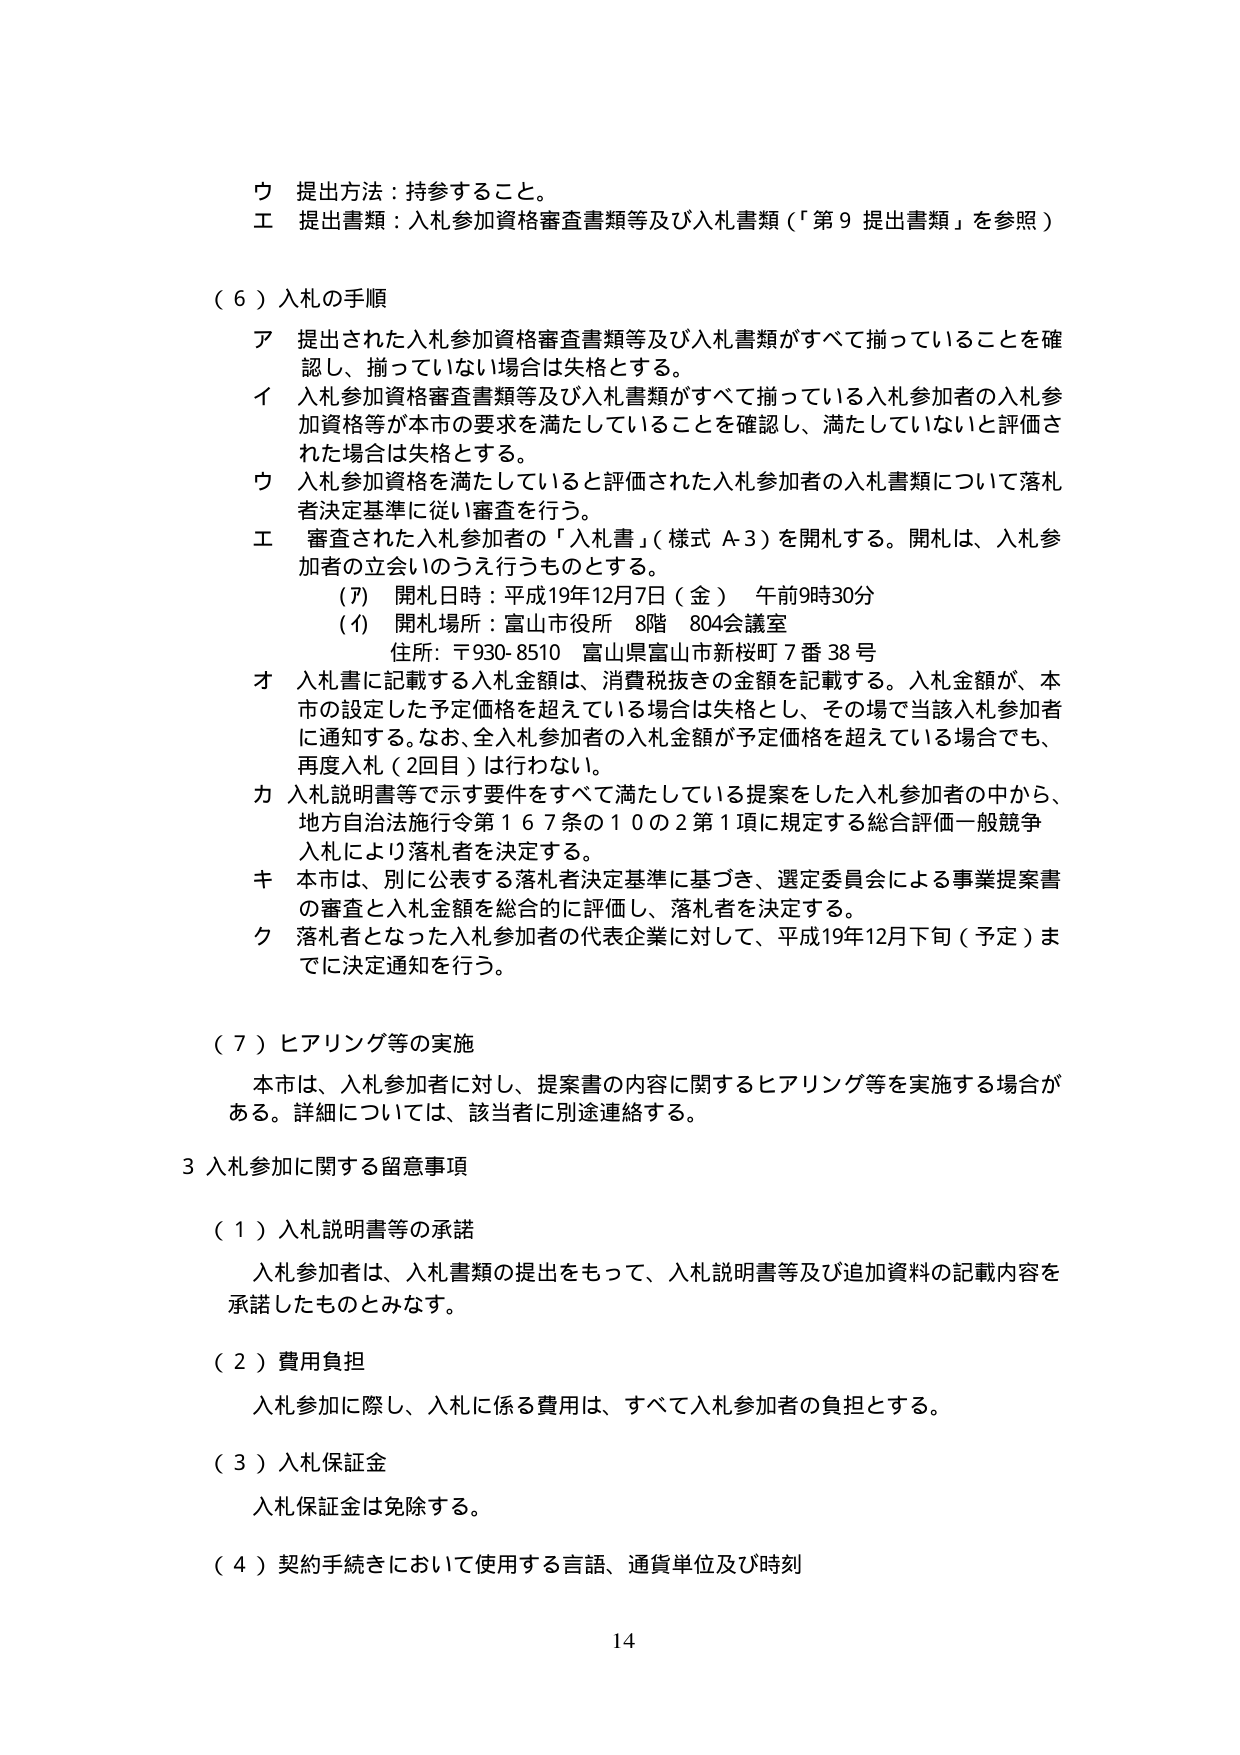
ウ 提出方法：持参すること。
エ 提出書類：入札参加資格審査書類等及び入札書類（「第９ 提出書類」を参照）

（６）入札の手順
ア 提出された入札参加資格審査書類等及び入札書類がすべて揃っていることを確認し、揃っていない場合は失格とする。
イ 入札参加資格審査書類等及び入札書類がすべて揃っている入札参加者の入札参加資格等が本市の要求を満たしていることを確認し、満たしていないと評価された場合は失格とする。
ウ 入札参加資格を満たしていると評価された入札参加者の入札書類について落札者決定基準に従い審査を行う。
エ 審査された入札参加者の「入札書」（様式 A-3）を開札する。開札は、入札参加者の立会いのうえ行うものとする。
　（ｱ）開札日時：平成19年12月7日（金） 午前9時30分
　（ｲ）開札場所：富山市役所 8階 804会議室
　　　住所：〒930-8510 富山県富山市新桜町7番38号
オ 入札書に記載する入札金額は、消費税抜きの金額を記載する。入札金額が、本市の設定した予定価格を超えている場合は失格とし、その場で当該入札参加者に通知する。なお、全入札参加者の入札金額が予定価格を超えている場合でも、再度入札（2回目）は行わない。
カ 入札説明書等で示す要件をすべて満たしている提案をした入札参加者の中から、地方自治法施行令第167条の10の2第1項に規定する総合評価一般競争入札により落札者を決定する。
キ 本市は、別に公表する落札者決定基準に基づき、選定委員会による事業提案書の審査と入札金額を総合的に評価し、落札者を決定する。
ク 落札者となった入札参加者の代表企業に対して、平成19年12月下旬（予定）までに決定通知を行う。

（７）ヒアリング等の実施
本市は、入札参加者に対し、提案書の内容に関するヒアリング等を実施する場合がある。詳細については、該当者に別途連絡する。

3 入札参加に関する留意事項
（１）入札説明書等の承諾
　入札参加者は、入札書類の提出をもって、入札説明書等及び追加資料の記載内容を承諾したものとみなす。
（２）費用負担
　入札参加に際し、入札に係る費用は、すべて入札参加者の負担とする。
（３）入札保証金
　入札保証金は免除する。
（４）契約手続きにおいて使用する言語、通貨単位及び時刻

14